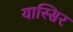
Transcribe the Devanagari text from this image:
यास्सिर